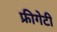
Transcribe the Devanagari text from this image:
फ्रीगेटी